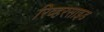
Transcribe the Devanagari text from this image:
रिव्हरसाइड